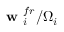
\textbf { w } _ { i } ^ { f r } / \Omega _ { i }